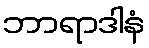
ဘာရာဒါနံ